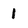
Character: 1